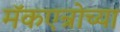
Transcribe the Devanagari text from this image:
मॅकएन्रोच्या